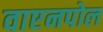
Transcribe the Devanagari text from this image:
वाएनपोल